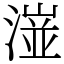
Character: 潂